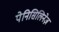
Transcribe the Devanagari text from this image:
पेनिसिलिनेज़